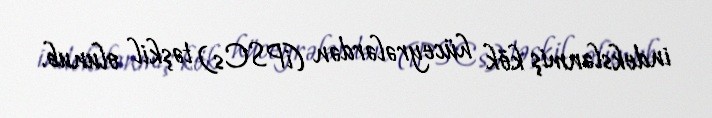
indekslənmiş kök hüceyrələrdən (iPSCs) təşkil olunub.